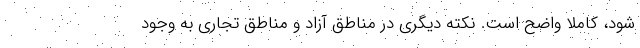
شود، کاملا واضح است. نکته دیگری در مناطق آزاد و مناطق تجاری به وجود